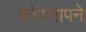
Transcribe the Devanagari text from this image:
कोणनापने